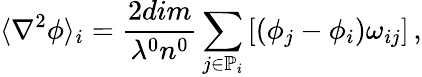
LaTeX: \langle\nabla^{2}\phi\rangle_{i}=\frac{2dim}{\lambda^{0}n^{0}}\sum_{j\in\mathbb{P}_{i}}\left[\left(\phi_{j}-\phi_{i}\right)\omega_{ij}\right]\, ,